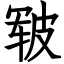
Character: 皲